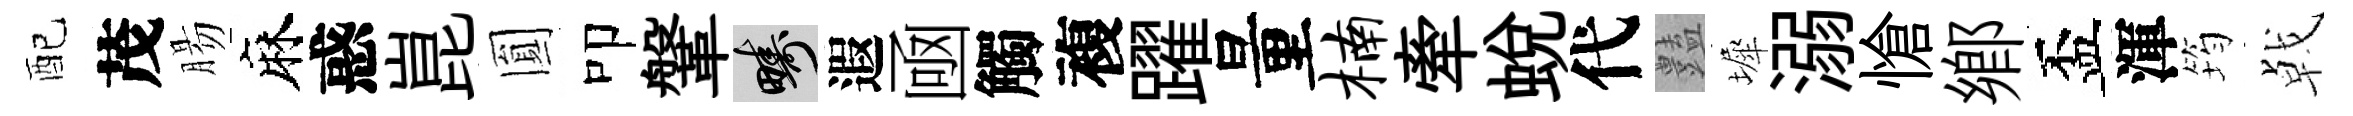
配茂腸麻惑崑圎叩鞶疇遐凾觸複躍量楠牽蛻代𧰟墀溺愴鄕盃渾筠㦸